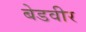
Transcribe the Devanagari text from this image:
बेडवीर